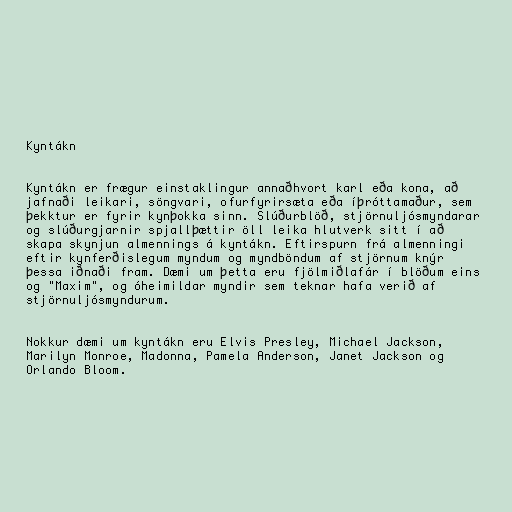
Kyntákn

Kyntákn er frægur einstaklingur annaðhvort karl eða kona, að
jafnaði leikari, söngvari, ofurfyrirsæta eða íþróttamaður, sem
þekktur er fyrir kynþokka sinn. Slúðurblöð, stjörnuljósmyndarar
og slúðurgjarnir spjallþættir öll leika hlutverk sitt í að
skapa skynjun almennings á kyntákn. Eftirspurn frá almenningi
eftir kynferðislegum myndum og myndböndum af stjörnum knýr
þessa iðnaði fram. Dæmi um þetta eru fjölmiðlafár í blöðum eins
og "Maxim", og óheimildar myndir sem teknar hafa verið af
stjörnuljósmyndurum.

Nokkur dæmi um kyntákn eru Elvis Presley, Michael Jackson,
Marilyn Monroe, Madonna, Pamela Anderson, Janet Jackson og
Orlando Bloom.